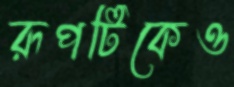
রূপটিকেও